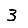
Digit: 3